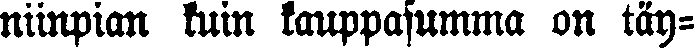
niinpian tuin kauppasumma on täy-